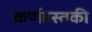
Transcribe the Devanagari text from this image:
कर्णहस्तकी